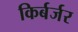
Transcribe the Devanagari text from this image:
किर्बर्जर